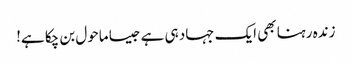
زندہ رہنا بھی ایک جہاد ہی ہے جیسا ماحول بن چکا ہے!